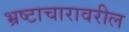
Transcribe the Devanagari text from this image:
भ्रष्टाचारावरील